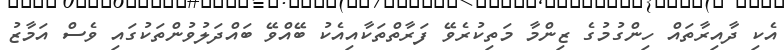
އެކި ދާއިރާތައް ހިންގުމުގެ ޒިންމާ މަތިކުރެވޭ ފަރާތްތަކާއިއެކު ބޭއްވޭ ބައްދަލުވުންތަކުގައި ވެސް އަމާޒު